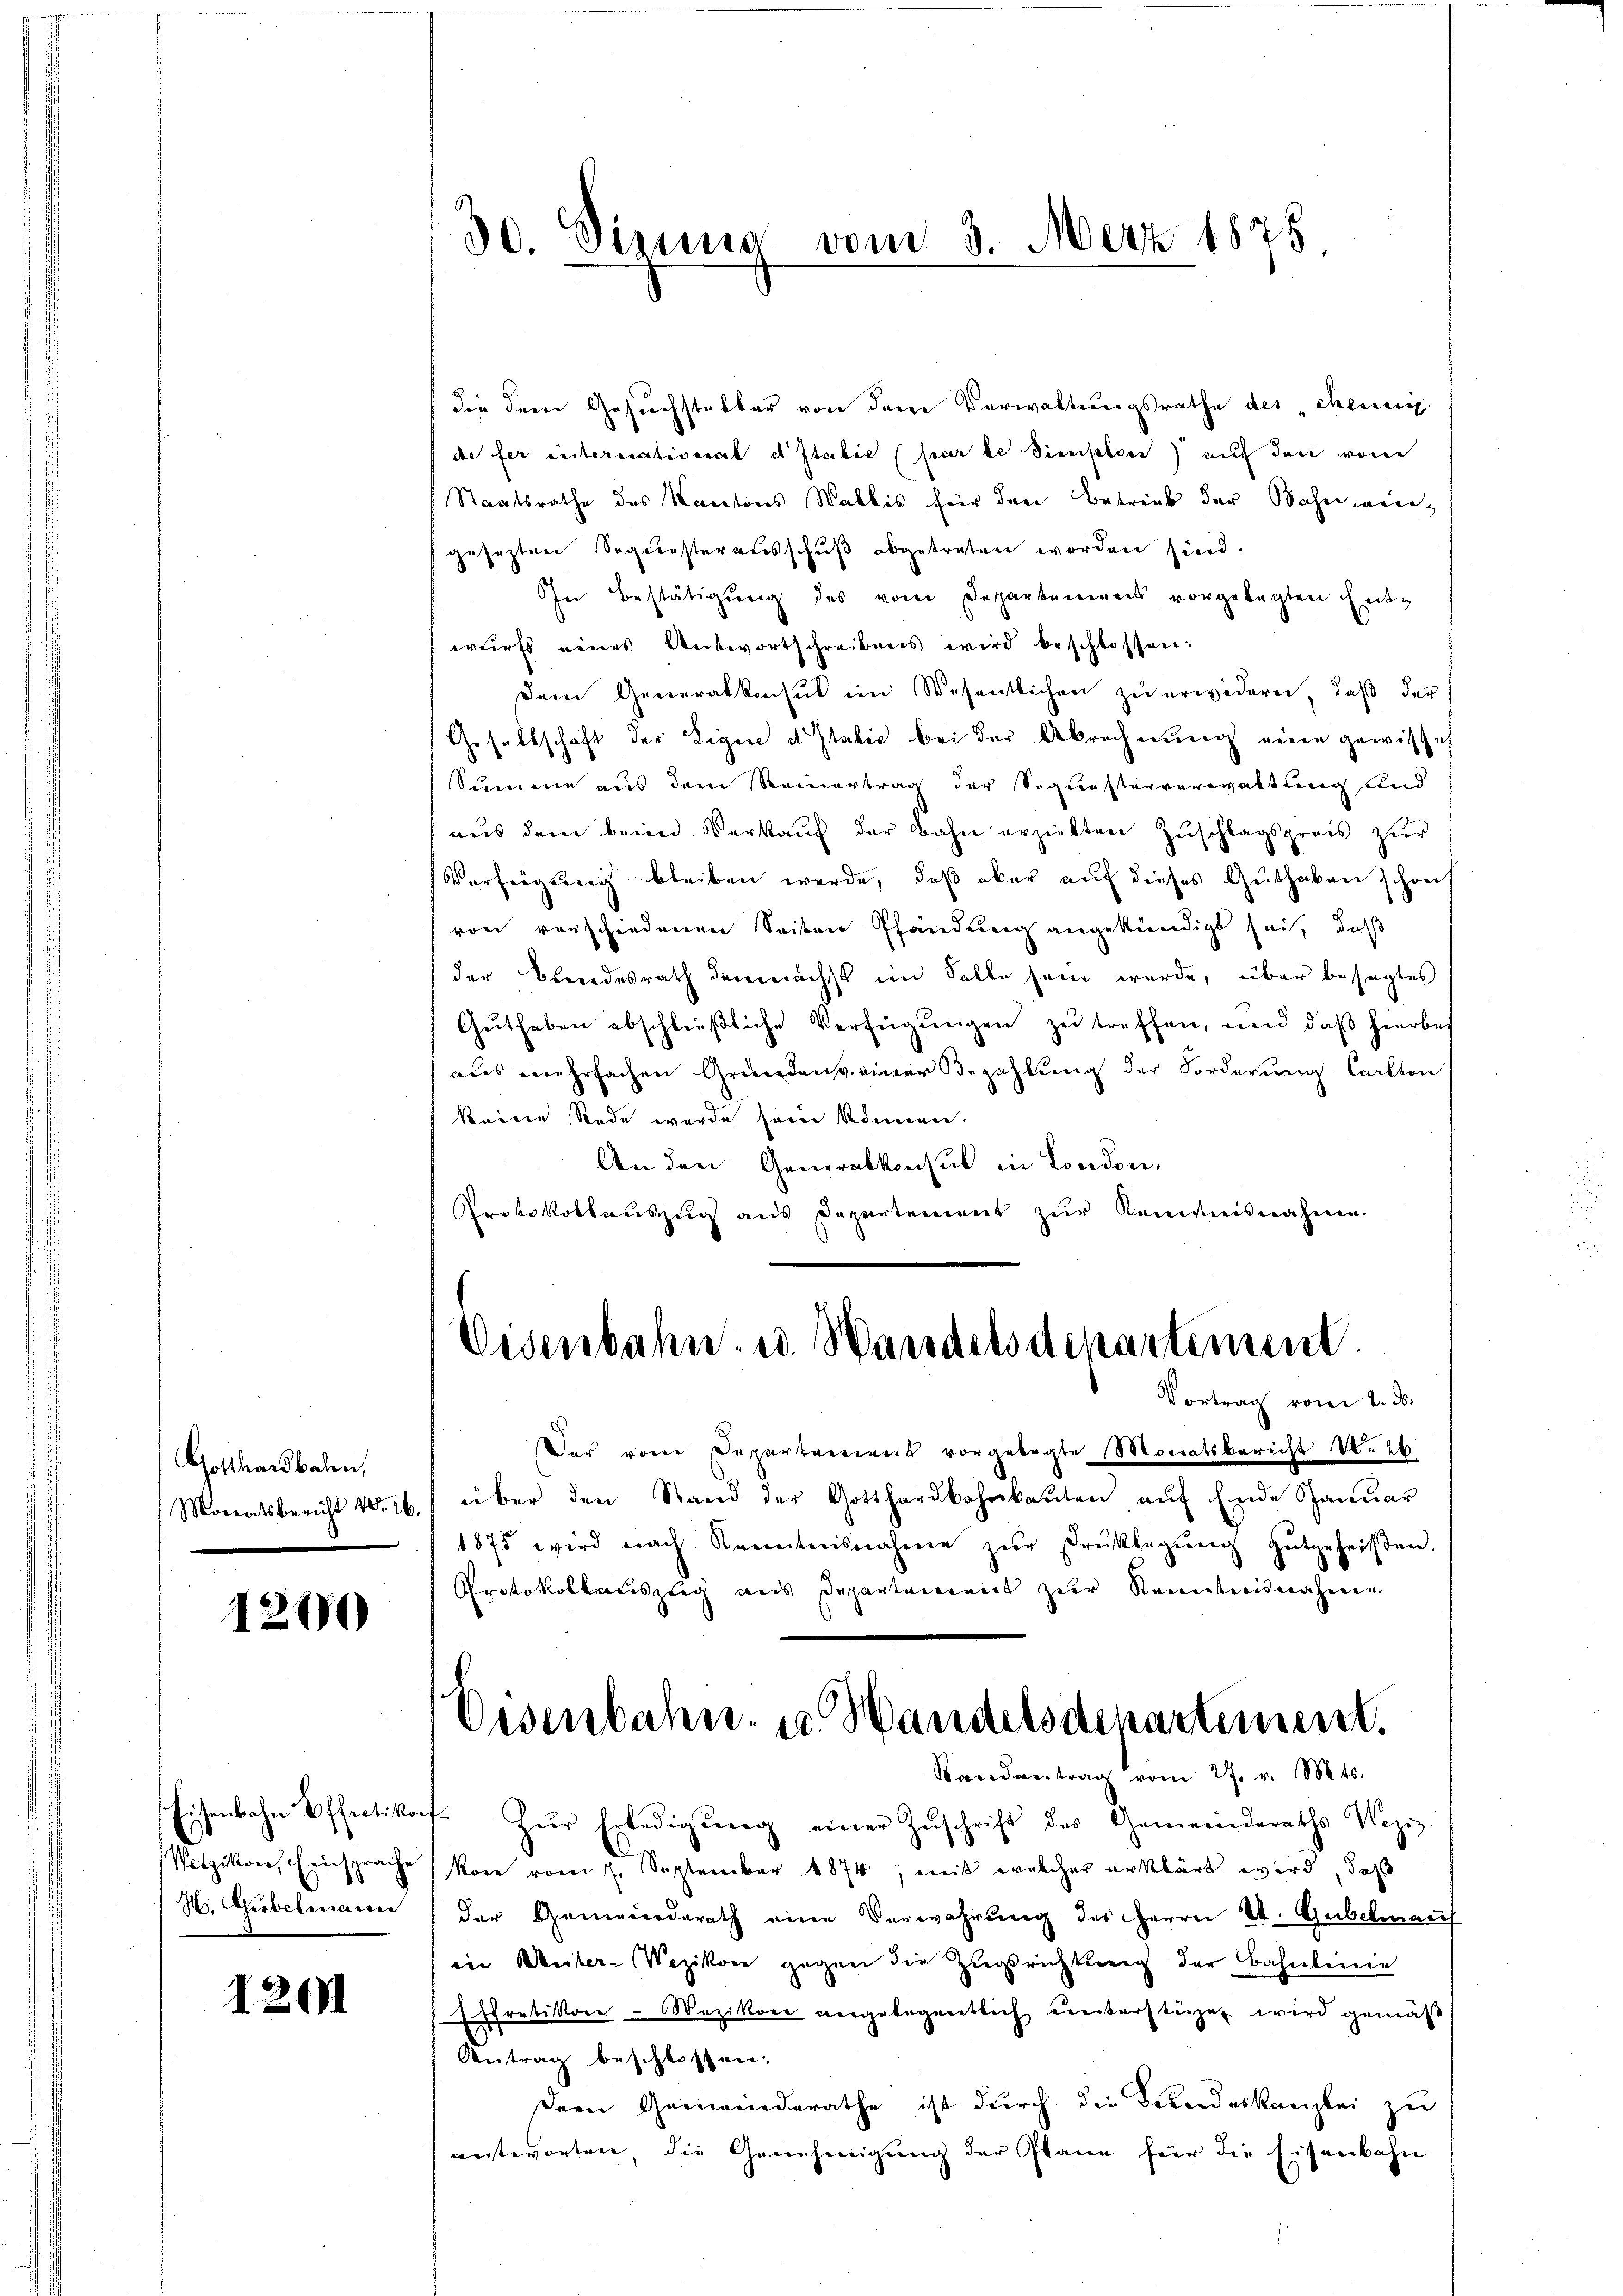
Gotthardbalen,
Monatsbericht Nr. 26.

1240

Eisenbahn Offertikon
Wetzikon, Einsprache
Hr. Ausbekenaisen

1201

30. Sirung vom 3. Merz 1875

die dem Gesuchstakter von dem Verwaltungsrathe des cheinig
de fer international d Italie (par le simpler) auf den vom
Staatsrathe des Kantons Wallis für den Betrieb der Bahnweigesezten Sequesterausschuß abgetreten worden sind.
Ohn Bestätigung des vom Departement vorgelegten Entz
wurfs eines Antwortschreibens wird beschlossen:
dem Generalkonsul im Wesentlichen zu erwidern, daß der
Gesellschaft der Eigen d Italić bei der Abrechnung eine gewisse
Summe aus dem Reinertrag der Sigriesterverwaltung und
aŭs dem beim Verkaŭf der Bahn erzielten Zŭschlagspreis zŭr
Verfügung bleiben werde, daß aber auf dieses Guthaben schont
von verschiedenen Seiten Pfändung angekündigt sei, daß
der Bundesrath demnächst im Falle sein werde, über besagtes
Guthaben abschließliche Verfügungen zu treffen, und daß hierbes
aus mehrfachen Gründen einer Bezahlung der Forderung Carlton
keinen Rede wurde seine können.
An den Generalkonsul in London.
Arotokollauszug aus Departement zur Kenntnisnahme.

Eisenbahn u. Wandelsdepartement

Vortrag vom 2. ds.
Das von Departerriens vorgelegte Monatsbericht No. 26
über den Stand der Gotthardbahnkaŭten aŭf Ende Janŭar
1875 wird nach Kenntnisnahme zur rüklegŭng gutgeheißen.
Protokollauszug aus Departement zur Kenntnisnahme
Zŭr Erledigŭng einer Zŭschrift des Gemeinderaths Wezig
kon vom 7. September 1874, mit welcher erklärt wird, daß
der Gemeinderath eine Verwahrung des Herrn St. Gubelmauf
in Unter-Wezikon gegen die Zugsrichtung der Bahnlinie
ffretikon-Wezikon angelegentlich ŭnterstüzen wird gemäß
Antrag beschlossen.
Der Gemeinderathe ist durch die Bundeskanzlei zu
antworten, die Genehmigŭng der Plane für die Eisenbahn

Oesenbahn. 10 Wandelsdepartement.
Randantrag vom 27. v. Mts.